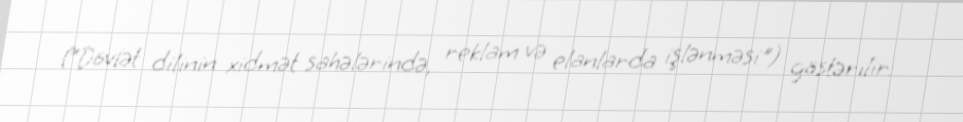
(”Dövlət dilinin xidmət sahələrində, reklam və elanlarda işlənməsi") göstərilir: